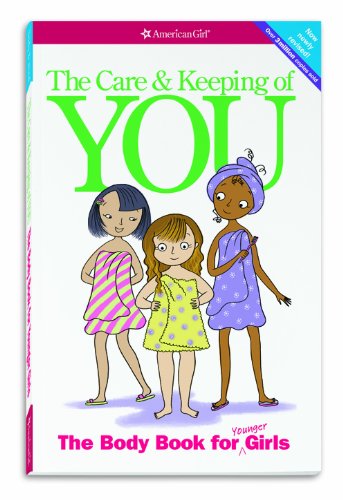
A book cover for The Care and Keeping of You: The Body Book for Younger Girls, Revised Edition; Valorie Schaefer; Parenting & Relationships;